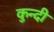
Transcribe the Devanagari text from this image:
कुन्दी